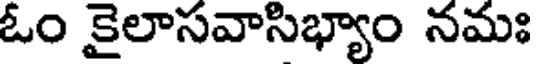
ఓం కైలాసవాసిభ్యాం నమః